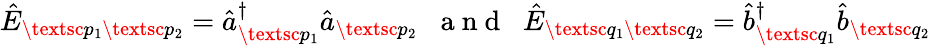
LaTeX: \begin{array}{r}{\hat{E}_{\textsc{p}_{1}\textsc{p}_{2}}=\hat{a}_{\textsc{p}_{1}}^{\dagger}\hat{a}_{\textsc{p}_{2}}\; \; \mathrm{~a~n~d~}\; \; \hat{E}_{\textsc{q}_{1}\textsc{q}_{2}}=\hat{b}_{\textsc{q}_{1}}^{\dagger}\hat{b}_{\textsc{q}_{2}}}\end{array}